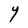
Character: Y